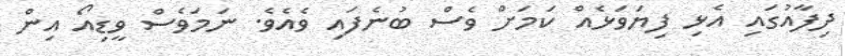
ދިފާއުގައި އެޅި ފިޔަވަޅެއް ކަމަށް ވެސް ބުނެފައި ވެއެވެ. ނަމަވެސް ވީޑިއޯ އިން